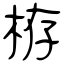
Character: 栫